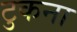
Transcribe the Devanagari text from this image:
टुकना